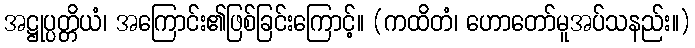
အဋ္ဌုပ္ပတ္တိယံ၊ အကြောင်း၏ဖြစ်ခြင်းကြောင့်။ (ကထိတံ၊ ဟောတော်မူအပ်သနည်း။)